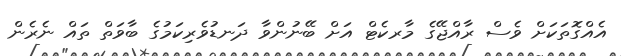
އެއްގޮތަކަށް ވެސް ރާއްޖޭގެ މާރކެޓް އަށް ބޭނުންވާ ދަނޑުވެރިކަމުގެ ބާވަތް ތައް ނެރެން